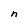
Character: n